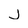
Character: j